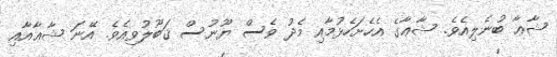
ޝާޢާ ބުނެލިއެވެ. ޝާޢާގެ އެހެށަހެޅުމާއި މެދު ވެސް ޔޫނުސް ޤަބޫލުވިއެވެ. އޭނަ ޝާޢާއާއި